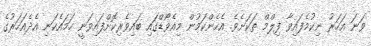
ވަނަ އަހަރު ނިކުމެފައިވާ ފިލްމް ތަކަށެވެ. އެހެންކަމުން މިއެވޯޑްގައި ބައިވެރިކޮށްފައިވަނީ ހަމައެކަނި އެދެއަހަރުގެ